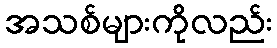
အသစ်များကိုလည်း